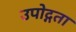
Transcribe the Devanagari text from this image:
उपोद्गता